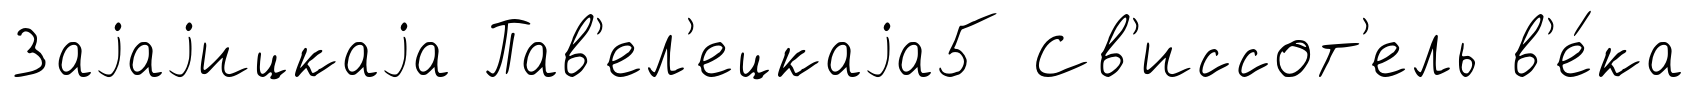
Заjаjицкаjа Пав'ел'ецкаjа5 Св'иссот'ель в'е́ка